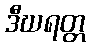
ဒီဃရတ္တ